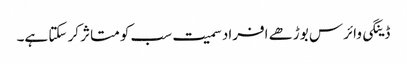
ڈینگی وائرس بوڑھے افراد سمیت سب کو متاثر کر سکتا ہے۔